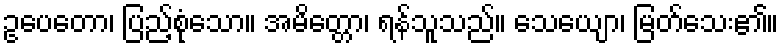
ဥပေတော၊ ပြည့်စုံသော။ အမိတ္တော၊ ရန်သူသည်။ သေယျော၊ မြတ်သေး၏။